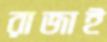
রাজাই